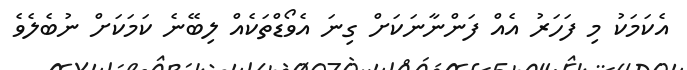
އެކަމަކު މި ފަހަރު އެއް ފަންނާނަކަށް ގިނަ އެވޯޑްތަކެއް ލިބޭނެ ކަމަކަށް ނުބެލެވެ